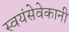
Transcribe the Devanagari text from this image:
स्वयंसेवेकानी